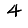
Digit: 4